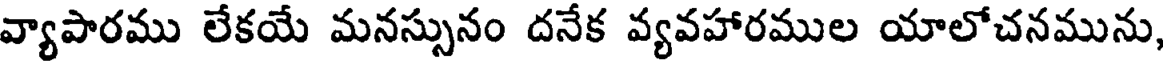
వ్యాపారము లేకయే మనస్సునం దనేక వ్యవహారముల యాలోచనమును,